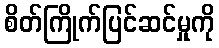
စိတ်ကြိုက်ပြင်ဆင်မှုကို